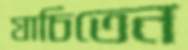
যাচিতেন